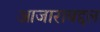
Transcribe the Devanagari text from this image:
आजाराबद्दल